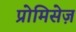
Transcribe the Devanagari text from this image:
प्रोमिसेज़